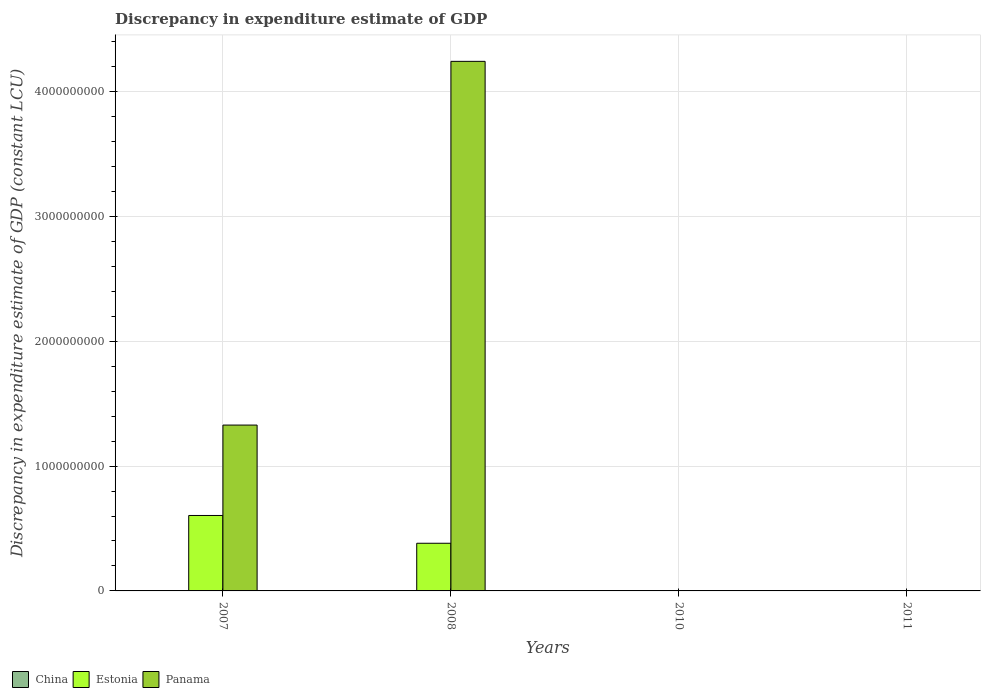
| Years | China | Estonia | Panama |
 | --- | --- | --- | --- |
 | 2007 | -2.05e+11 | 6.04e+08 | 1.33e+09 |
 | 2008 | -4.74e+11 | 3.82e+08 | 4.24e+09 |
 | 2010 | -6.82e+11 | 2.97e+06 | -100 |
 | 2011 | -8.33e+11 | -2.47e+06 | 100 |